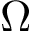
\Omega